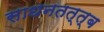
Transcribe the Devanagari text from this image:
साधनतत्त्ब